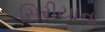
સિરીયાના